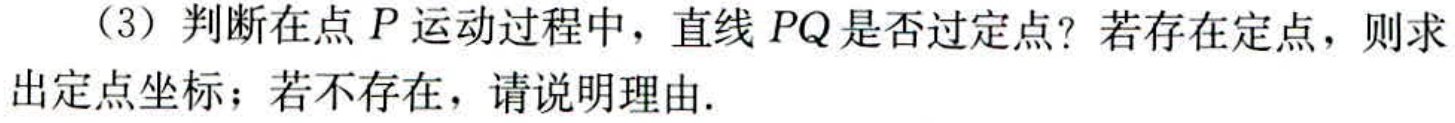
（3）判断在点 \(P\) 运动过程中，直线 \(PQ\) 是否过定点？若存在定点，则求出定点坐标；若不存在，请说明理由.